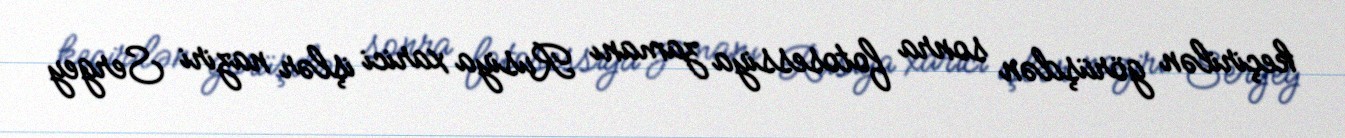
keçirilən görüşdən sonra fotosessiya zamanı Rusiya xarici işlər naziri Sergey